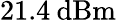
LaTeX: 21.4\: \mathrm{dBm}